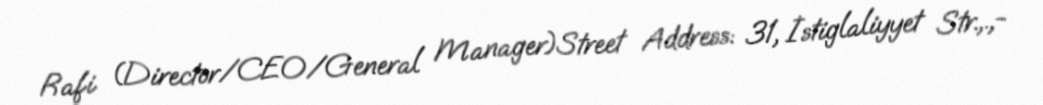
Rafi (Director/CEO/General Manager)Street Address: 31, İstiglaliyyet Str.,.,-